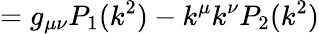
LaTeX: =g_{\mu\nu}P_{1}(k^{2})-k^{\mu}k^{\nu}P_{2}(k^{2})